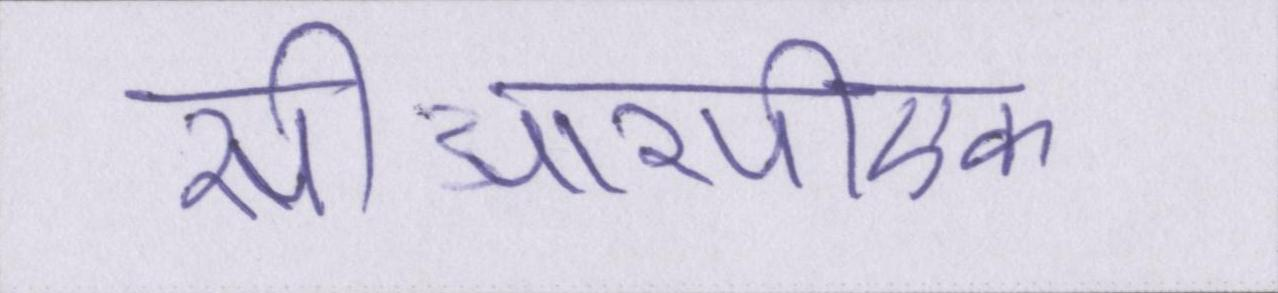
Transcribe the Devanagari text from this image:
सीआरपीएफ